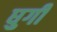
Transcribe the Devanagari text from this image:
घुगी